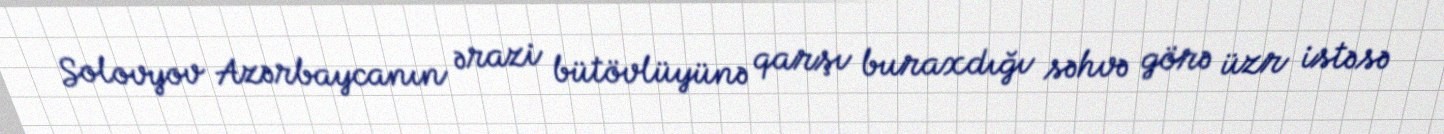
Solovyov Azərbaycanın ərazi bütövlüyünə qarşı buraxdığı səhvə görə üzr istəsə